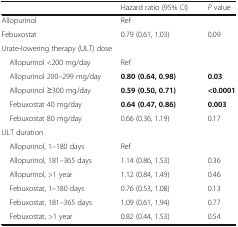
<table><thead><tr><td></td><td><b>Hazard ratio (95% CI)</b></td><td><b><i>P</i> value</b></td></tr></thead><tbody><tr><td>Allopurinol</td><td>Ref</td><td></td></tr><tr><td>Febuxostat</td><td>0.79 (0.61, 1.03)</td><td>0.09</td></tr><tr><td colspan="3">Urate-lowering therapy (ULT) dose</td></tr><tr><td> Allopurinol &lt;200 mg/day</td><td>Ref</td><td></td></tr><tr><td> Allopurinol 200–299 mg/day</td><td><b>0.80 (0.64, 0.98)</b></td><td><b>0.03</b></td></tr><tr><td> Allopurinol ≥300 mg/day</td><td><b>0.59 (0.50, 0.71)</b></td><td><b>&lt;0.0001</b></td></tr><tr><td> Febuxostat 40 mg/day</td><td><b>0.64 (0.47, 0.86)</b></td><td><b>0.003</b></td></tr><tr><td> Febuxostat 80 mg/day</td><td>0.66 (0.36, 1.19)</td><td>0.17</td></tr><tr><td colspan="3">ULT duration</td></tr><tr><td> Allopurinol, 1–180 days</td><td>Ref</td><td></td></tr><tr><td> Allopurinol, 181–365 days</td><td>1.14 (0.86, 1.53)</td><td>0.36</td></tr><tr><td> Allopurinol, &gt;1 year</td><td>1.12 (0.84, 1.49)</td><td>0.46</td></tr><tr><td> Febuxostat, 1–180 days</td><td>0.76 (0.53, 1.08)</td><td>0.13</td></tr><tr><td> Febuxostat, 181–365 days</td><td>1.09 (0.61, 1.94)</td><td>0.77</td></tr><tr><td> Febuxostat, &gt;1 year</td><td>0.82 (0.44, 1.53)</td><td>0.54</td></tr></tbody></table>